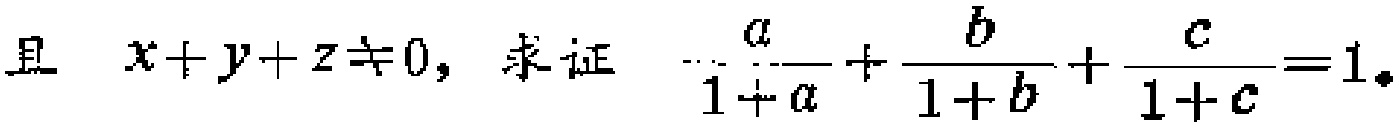
且 \(x + y+z\neq0\)，求证 \(\frac{a}{1 + a}+\frac{b}{1 + b}+\frac{c}{1 + c}=1\)。